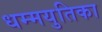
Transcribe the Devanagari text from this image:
धम्मयुतिका